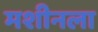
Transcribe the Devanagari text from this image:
मशीनला